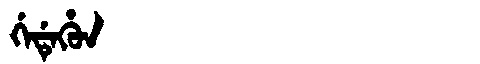
Manchu: ᡤᡝᡩᡝᡥᡠᠨ
Romanization: GEDEHUN